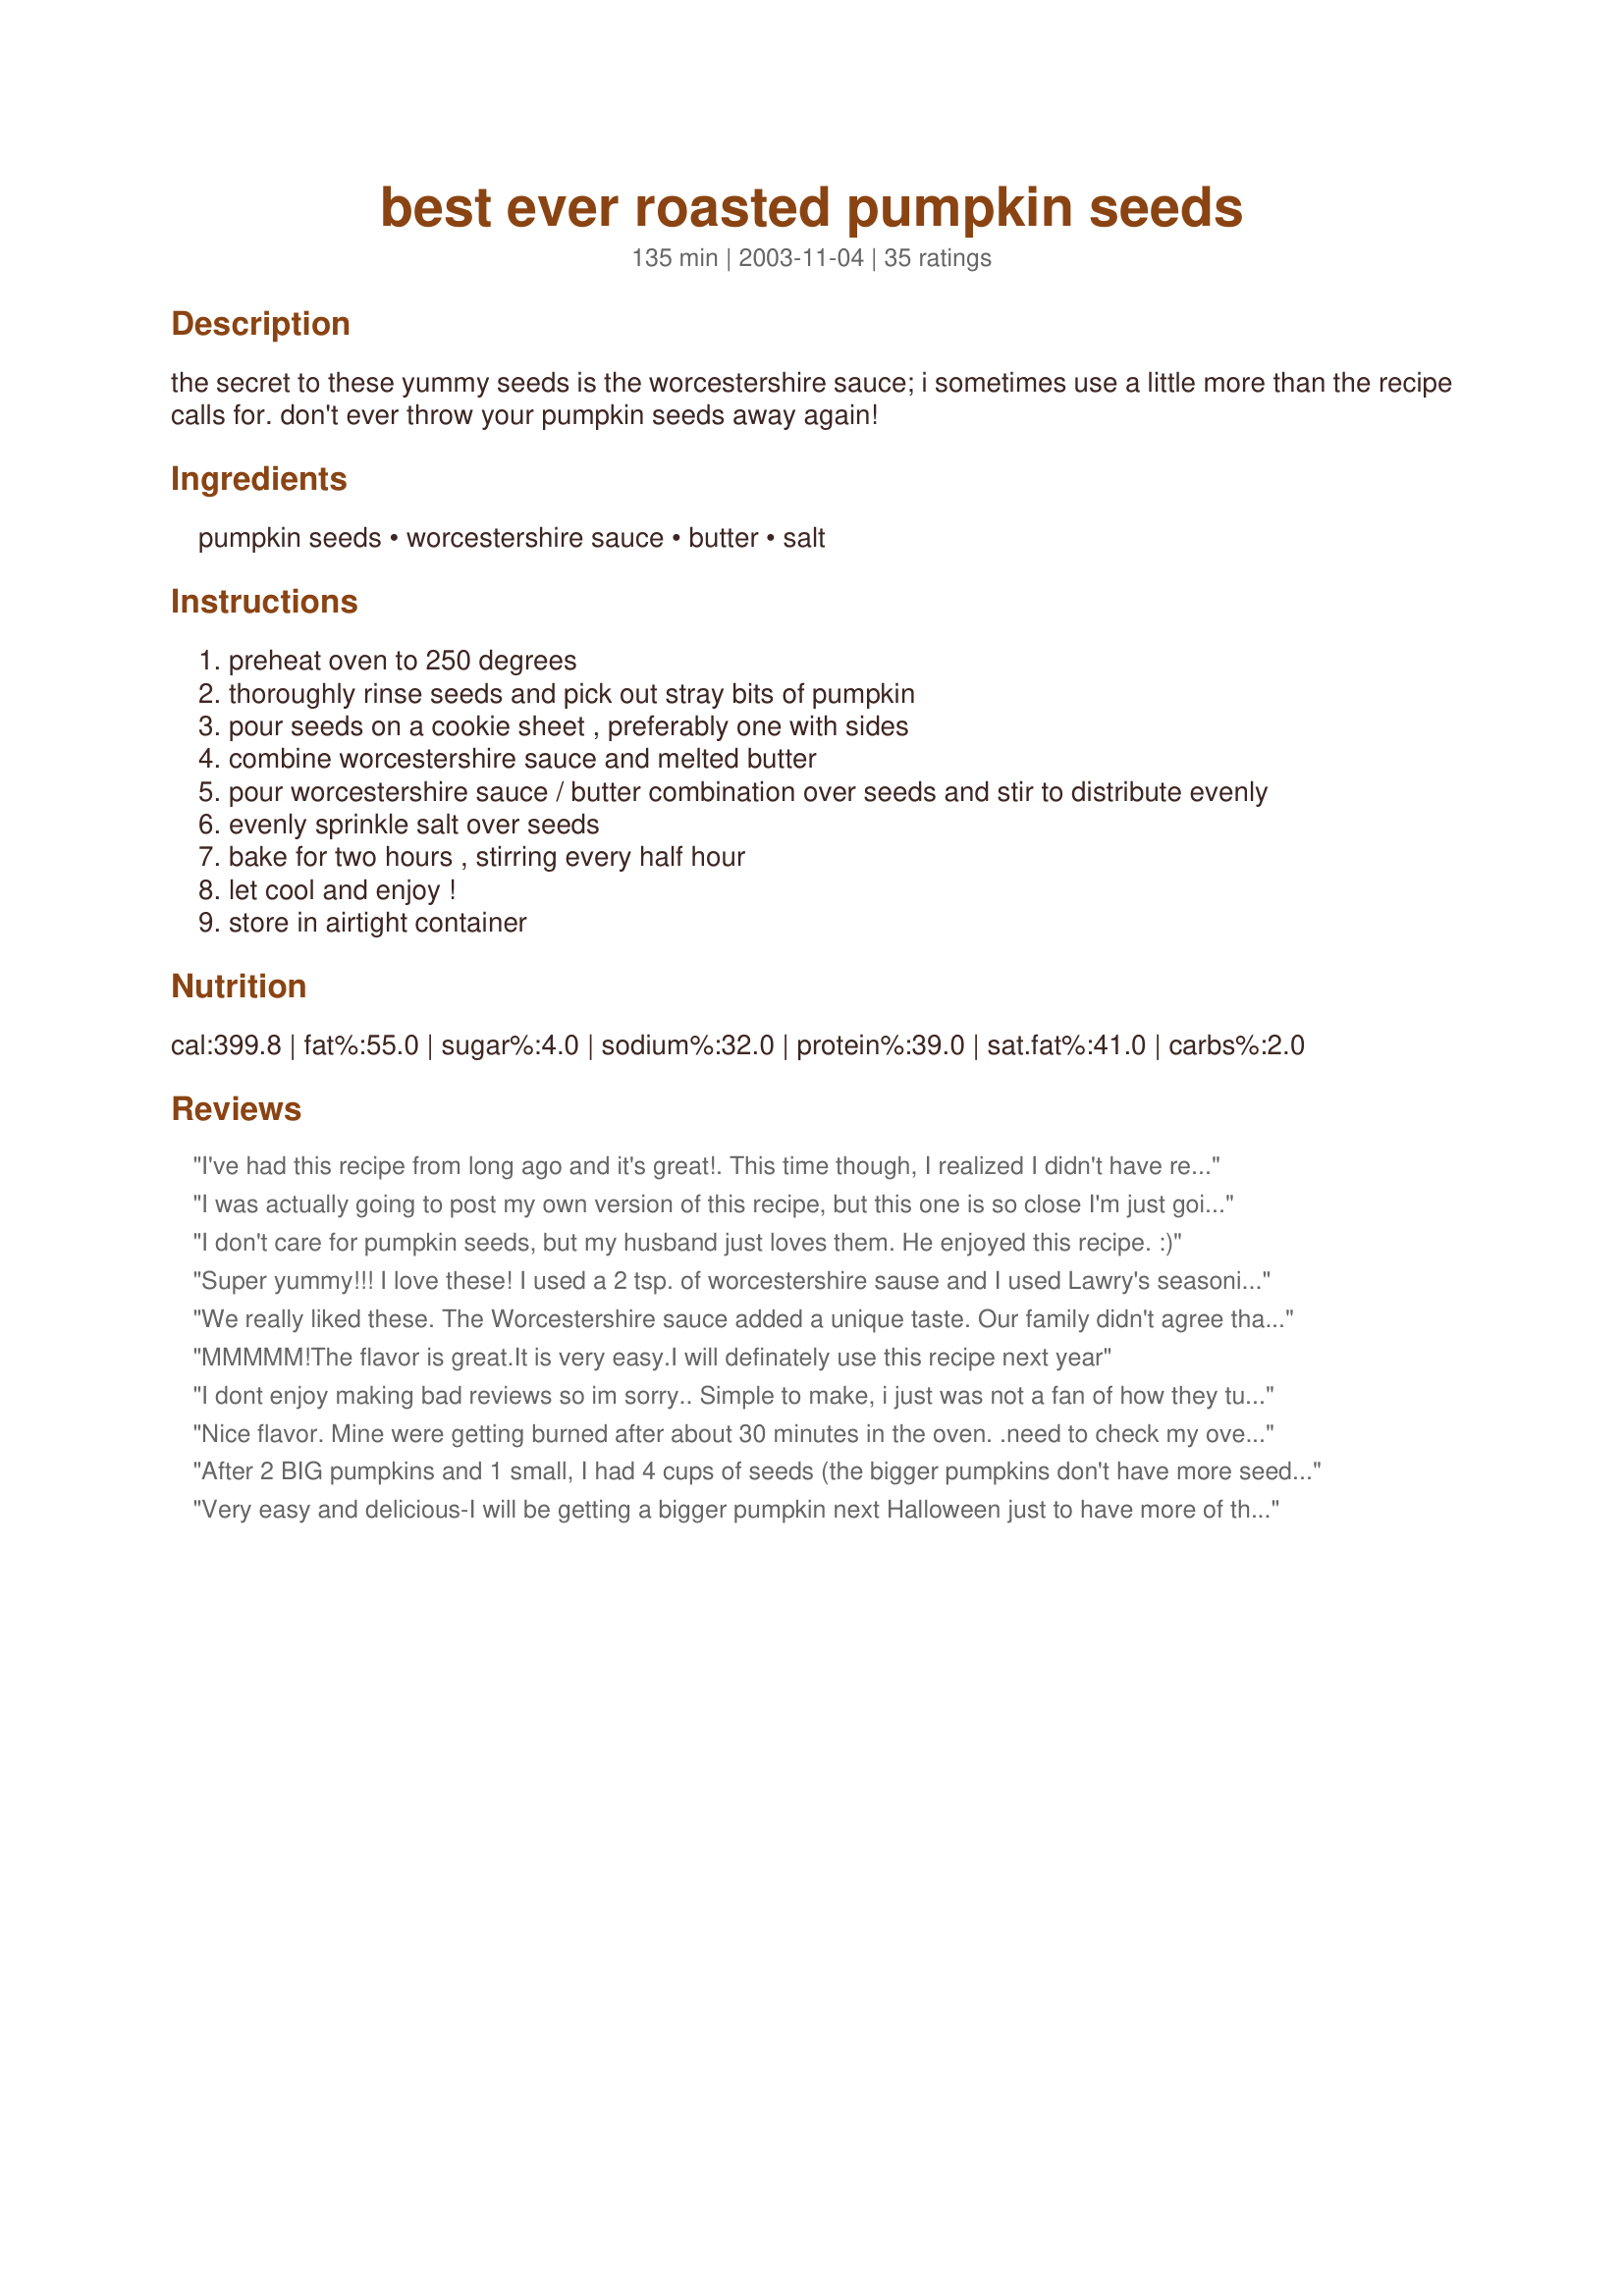
best ever roasted pumpkin seeds
Preparation time: 135 minutes

the secret to these yummy seeds is the worcestershire sauce; i sometimes use a little more than the recipe calls for. don't ever throw your pumpkin seeds away again!

Ingredients:
pumpkin seeds, worcestershire sauce, butter, salt

Steps:
preheat oven to 250 degrees
thoroughly rinse seeds and pick out stray bits of pumpkin
pour seeds on a cookie sheet , preferably one with sides
combine worcestershire sauce and melted butter
pour worcestershire sauce / butter combination over seeds and stir to distribute evenly
evenly sprinkle salt over seeds
bake for two hours , stirring every half hour
let cool and enjoy !
store in airtight container

Reviews:
I've had this recipe from long ago and it's great!. This time though, I realized I didn't have regular Worchestershire, so I used what I had - White Wine Worchestershire Sauce.
I also added seasoned salt and it turned out delicious!
I was actually going to post my own version of this recipe, but this one is so close I'm just going to comment here! The recipe I use has 1/2 teaspoon of garlic powder in it also. It also specifically says to leave the seeds unwashed. My Mom used to make these and it was one of my favorite snacks! A great way to recycle those pumpkin seeds and a healthy snack too!
I don't care for pumpkin seeds, but my husband just loves them. He enjoyed this recipe. :)
Super yummy!!! I love these! I used a 2 tsp. of worcestershire sause and I used Lawry's seasoning salt for a little extra flavor!!
Thanks!
We really liked these. The Worcestershire sauce added a unique taste. Our family didn't agree that these were the &quot;Best Ever&quot; and they won't replace our favorite recipe. But, they were really good!
MMMMM!The flavor is great.It is very easy.I will definately use this recipe next year
I dont enjoy making bad reviews so im sorry.. Simple to make, i just was not a fan of how they turned out. Wasnt the right taste for me
Nice flavor. Mine were getting burned after about 30 minutes in the oven. .need to check my oven temp, eh???
After 2 BIG pumpkins and 1 small, I had 4 cups of seeds (the bigger pumpkins don't have more seeds, just bigger seeds!) I doubled the recipe and baked at 250Â°, but had to up the degree to 275Â° and cook for more time. Don't know if I didn't drain the seeds well enough or if 3 T of butter was too much. The batch I made in my seasoned stoneware pan was tastier than the batch in my regular cookie sheet. I had to add salt to the cookie sheet one. They did come out somewhat brown, but I think that's from the worc. sauce and it tasted fine, not burnt.
Very easy and delicious-I will be getting a bigger pumpkin next Halloween just to have more of these! Prob could use less salt. Absolutely ADDICTIVE!
Nice crunch -- I think the long, slow cooking time is key. We added bbq sauce and just loved them!
Only problem is you can't stop eating them!
I only used 1 teaspoon of salt and only baked 1 hour and 30 minutes. I had dried my seeds overnight so maybe that's why they didn't need 2 hours. Great flavor and so easy to make!
easy and great. tastes just a tad better than plain salted.
UPDATE: took a cue from some of the other recipes on this site and boiled the seeds in water first with 1/8 t. salt for 10 mins. and then proceeded with the recipe. Improves texture and plumps them up!
I've used thie recipe for the last couple of years it simple and tasty. I used a different earlier this fall, I was asked why I didn't make the "good" kind. So this is the recipe my kids and husband ask for so I'll use this one again and again!
Thank you for posting this recipe. It is just like the one my parents made when I was a kid. I only have one exception: do not clean off any of the pulp and pumpkin "guts" from the seeds. Leave all of that on, mix with the other ingredients, and roast as directed. All that oooey-gooey turns into the most delicious, crispy savory treat. When I was a kid that was my favorite part to eat and it still is!
I loved the flavor of these!
Very good and easy. Use the extra Worcestershire sauce! Thanks HollyJane.
this was okay, a different flavor than other roasted pumpkin seeds. almost trying to be something it isn't with the worcestershire sauce. they weren't gobbled down and that is the recipe for which i am searching. i will keep looking.
Super easy to make but ours got a bit dark although, they weren't left in for the full time. We still had 20 minutes left when I took a quick peek and got a burnt smell. The kids are still eating them though so I'll try this again some time.
OK, I have been slow getting my reviews in, but I made this with out Halloween pumpkin seeds and we loved it. I agree the worcestershire must be the ingredient that pushes it over the top. I have always made pumpkin seeds, but never like this and I will never go back to the old way. We really liked the flavor of these....thank you and sorry for the late review.....Stephanie
our burnt a little, next time we'll use a light pan
These seeds are the best I've ever had by far!! One suggestion; You could just mix the butter/worcestershire sauce in a bowl with the seeds. This helps save some time and saturates the seeds better. Highly Recommended recipe!!!
I've tried many pumpkin seed recipe and this is hands down my favorite now! Yum!!
AWESOME flavour! But, not very crispy for some reason...
This recipe is the reason we have a real jack-o-lantern again this year. I made these last year and they were absolutely yummy - the best seeds I've ever had. I think we'll probably have real jack-o-lanterns at this house for a long while to come. :-)
Delicious! Even my 3yo loved them. There was very little left for me to eat because the flavor was so great. However I did find them to be a bit greasy because of the margarine. I will definately use this recipe again.
Not great. We love roasted pumpkin seeds, and I love Worcestershire sauce, so we gave these a try. The flavors just didn&#039;t work together for us. Nobody ate them, so they ended up in the trash.
Perhaps it is because I didnt like pumpkin seeds or whatever, but it did not do anything for me. Actually, they wound up being fed to the birds, They loved them 
But alas, It is probably my palate. 
Never was into seeds, just thought Id try them
Easy and yummy, too! I also boiled the raw seeds in salted water before baking for a better finished product. Thanks for sharing the recipe!
Yummmm! All I would suggest is to add salt when you pull them out of the oven.
I&#039;ve tried MANY different pumpkin seed recipes over the years, and this has been my go to recipe for the last couple of years. My kids actually brag to their friends about how my pumpkin seeds are &quot;the best ever!&quot; :)
Delicious! Nice flavor and crunch...mine, too cooked faster than stated, but they had sat out to dry for a couple of days, too.
I've made pumpkin seeds before, but they never came out like this before. They came out perfect, but instead of 2 hours I cooked them or 1 1/2 hours maybe because my oven in brand new... Thanks for the recipe!!!! 10/22/07 Visalia, Ca
Soooo good! I've never made these before and I'm glad I chose this recipe for my introduction. The Worchestershire sauce gives the seeds a really robust flavor. Thanks for posting!
